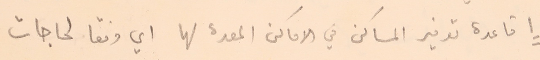
١ قاعدة توفير المساكن في الاماكن المعدة لها اي وفقا لحاجات